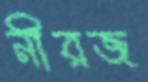
নীরজ